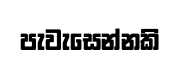
පැවැසෙන්නකි